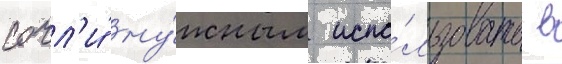
сочл'и́ ну́жным испо́льзовать в